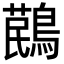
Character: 𪃔